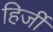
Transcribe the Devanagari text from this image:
हिर्जी